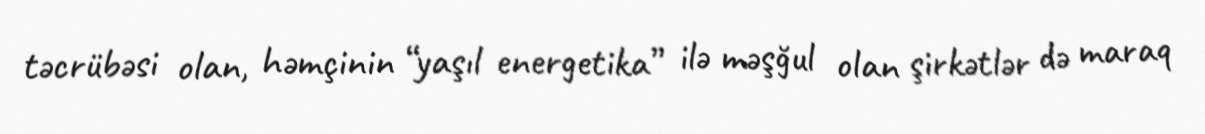
təcrübəsi olan, həmçinin “yaşıl energetika” ilə məşğul olan şirkətlər də maraq